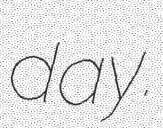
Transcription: day.